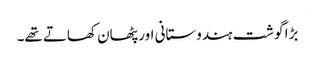
بڑا گوشت ہندوستانی اور پٹھان کھاتے تھے۔